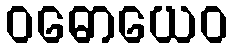
ဝဓောယေဝ